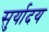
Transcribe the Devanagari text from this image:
सुर्यादय